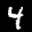
Label: 4